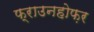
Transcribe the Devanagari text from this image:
फ्राउनहोफ़र